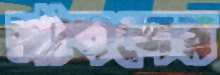
শ্রাবনের